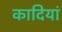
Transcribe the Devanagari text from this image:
कादियां